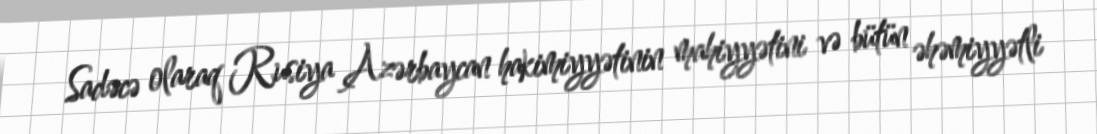
Sadəcə olaraq Rusiya Azərbaycan hakimiyyətinin mahiyyətini və bütün əhəmiyyətli